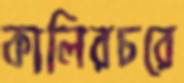
কালিরচরে